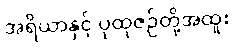
အရိယာနှင့် ပုထုဇဉ်တို့အထူး